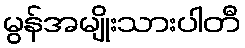
မွန်အမျိုးသားပါတီ